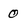
Character: 0